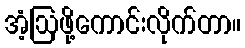
အံ့ဩဖို့ကောင်းလိုက်တာ။